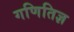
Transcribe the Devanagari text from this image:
गणितिज्ञ